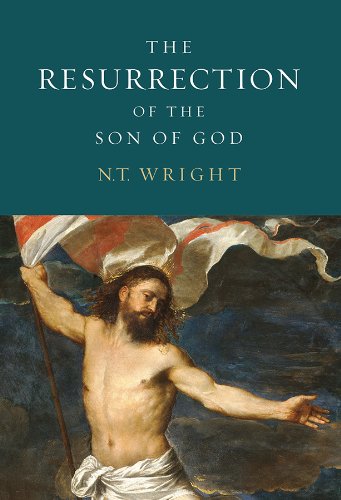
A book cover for The Resurrection of the Son of God (Christian Origins and the Question of God, Vol. 3); N. T. Wright; Christian Books & Bibles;